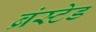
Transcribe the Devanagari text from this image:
ब्रंस्टेड